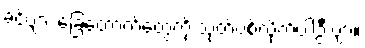
ခင်ဗျား ခြေထောက်တွေကို သုတ်ပစ်လိုက်ပါဦးဗျာ။